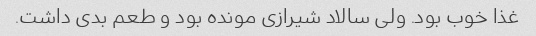
غذا خوب بود. ولی سالاد شیرازی مونده بود و طعم بدی داشت.